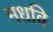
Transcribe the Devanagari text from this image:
मधवि